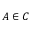
{ \cal A } \in { \cal C }